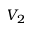
V _ { 2 }